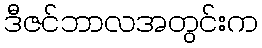
ဒီဇင်ဘာလအတွင်းက